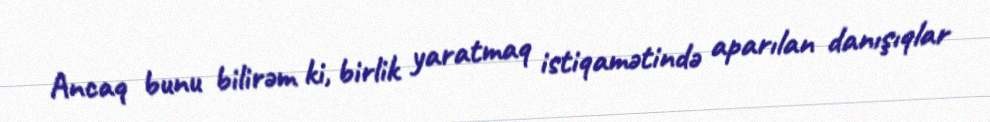
Ancaq bunu bilirəm ki, birlik yaratmaq istiqamətində aparılan danışıqlar